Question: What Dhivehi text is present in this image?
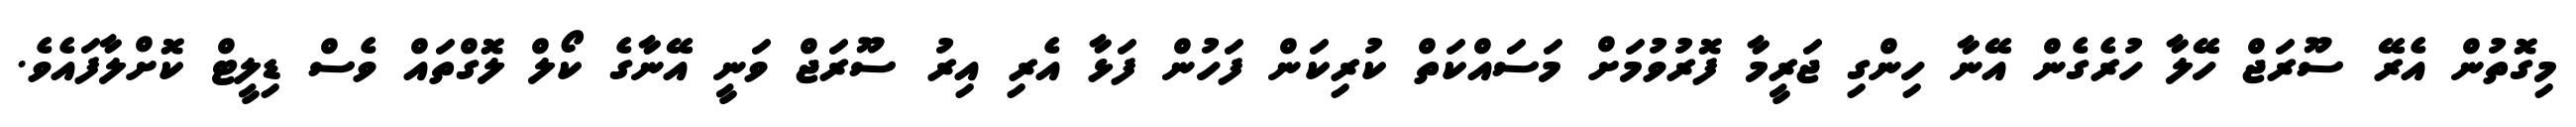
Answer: މިގޮތުން އެރޭ ސޫރަޖް ހޭލާ ހުރެގެން އޭނާ ހިންގި ޖަރީމާ ފޮރުވުމަށް މަސައްކަތް ކުރިކަން ފަހުން ފަޅާ އެރި އިރު ސޫރަޖް ވަނީ އޭނާގެ ކޯލް ލޮގްތައް ވެސް ޑިލީޓް ކޮށްލާފައެވެ.